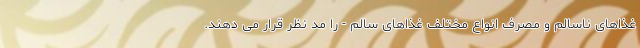
غذاهای ناسالم و مصرف انواع مختلف غذاهای سالم - را مد نظر قرار می دهند.